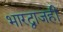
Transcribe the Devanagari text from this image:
भारद्वाजही